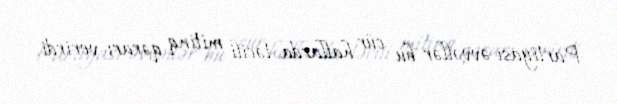
Partiyası əvvəllər bu cür hallarda təcili mitinq qərarı verirdi.